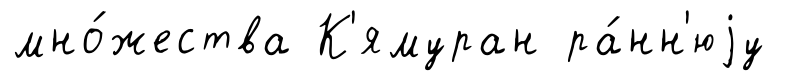
мно́жества К'ямуран ра́нн'юjу